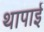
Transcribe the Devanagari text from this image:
थापाई